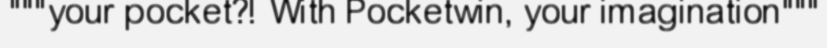
"""your pocket?! With Pocketwin, your imagination"""